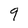
Character: 9